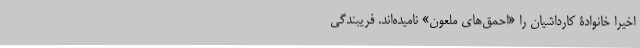
اخیراً خانوادۀ کارداشیان را «احمق‌های ملعون» نامیده‌اند. فریبندگیِ